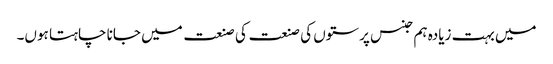
میں بہت زیادہ ہم جنس پرستوں کی صنعت کی صنعت میں جانا چاہتا ہوں۔